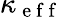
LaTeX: \kappa_{\mathrm{~e~f~f~}}